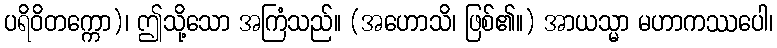
ပရိဝိတက္ကော)၊ ဤသို့သော အကြံသည်။ (အဟောသိ၊ ဖြစ်၏။) အာယသ္မာ မဟာကဿပေါ၊